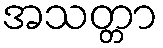
အသတ္တာ